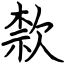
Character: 歀